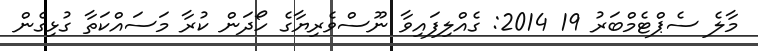
މާލެ ސެޕްޓެމްބަރު 19 2014: ގެއްލިފައިވާ ނޫސްވެރިޔާގެ ހޯދަން ކުރާ މަސައްކަތާ ގުޅިގެން